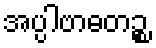
အပ္ပါဗာဓတဉ္စ